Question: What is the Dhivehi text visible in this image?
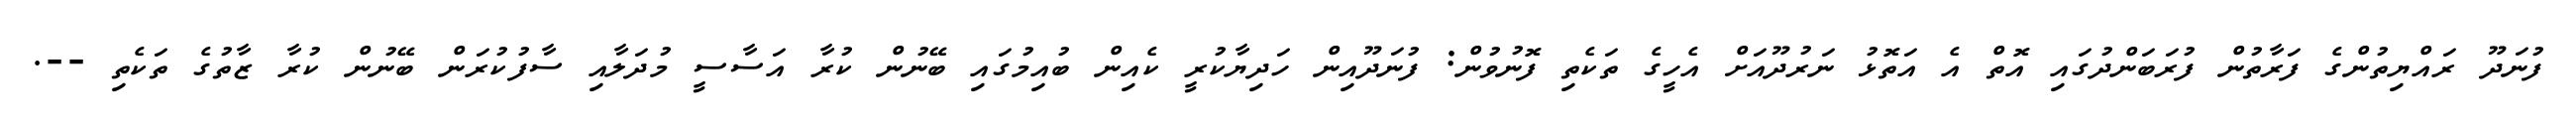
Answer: ފުނަދޫ ރައްޔިތުންގެ ފަރާތުން ފުރަބަންދުގައި އޮތް އެ އަތޮޅު ނަރުދޫއަށް އެހީގެ ތަކެތި ފޮނުވުން: ފުނަދޫއިން ހަދިޔާކުރީ ކެއިން ބުއިމުގައި ބޭނުން ކުރާ އަސާސީ މުދަލާއި ސާފުކުރަން ބޭނުން ކުރާ ޒާތުގެ ތަކެތި --.